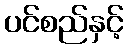
ပင်စည်နှင့်